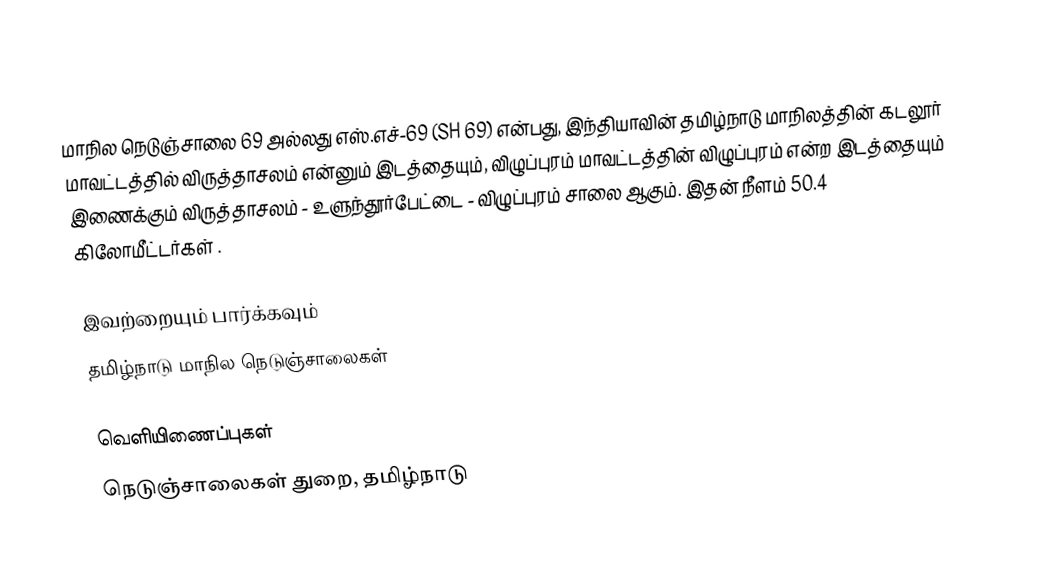
மாநில நெடுஞ்சாலை 69 அல்லது எஸ்.எச்-69 (SH 69) என்பது, இந்தியாவின் தமிழ்நாடு மாநிலத்தின் கடலூர் மாவட்டத்தில் விருத்தாசலம் என்னும் இடத்தையும், விழுப்புரம் மாவட்டத்தின் விழுப்புரம் என்ற இடத்தையும் இணைக்கும் விருத்தாசலம் - உளுந்தூர்பேட்டை - விழுப்புரம் சாலை ஆகும். இதன் நீளம் 50.4  கிலோமீட்டர்கள் .

இவற்றையும் பார்க்கவும்
 தமிழ்நாடு மாநில நெடுஞ்சாலைகள்

வெளியிணைப்புகள்
 நெடுஞ்சாலைகள் துறை, தமிழ்நாடு